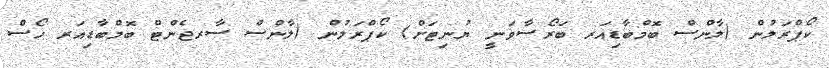
ކޯޕްރަލުން (ލާންސް ބޮމްބާޑިއަރ ބަރޯސާވަނީ ޔުނިޓަށް) ކޯޕްރަލުން (ލާންސް ސާރޖެންޓް ބޮމްބާޑިއަރ ހޯސް